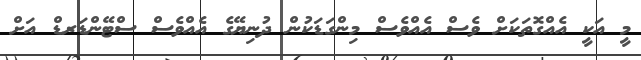
މީ އަކީ އެއްގޮތަކަށް ވެސް އެއްވެސް މިންގަޑަކުން ދުނިޔޭގެ އެއްވެސް ސްޓޭންޑަރޑް އަށް